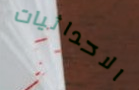
الاحداثيات